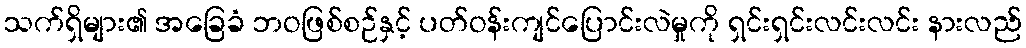
သက်ရှိများ၏ အခြေခံ ဘဝဖြစ်စဉ်နှင့် ပတ်ဝန်းကျင်ပြောင်းလဲမှုကို ရှင်းရှင်းလင်းလင်း နားလည်